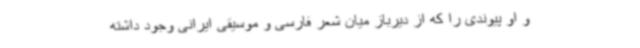
و او پیوندی را که از دیرباز میان شعر فارسی و موسیقی ایرانی وجود داشته